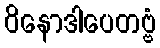
ဝိနောဒါပေတဗ္ဗံ